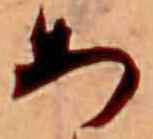
あ